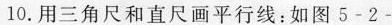
10.用三角尺和直尺画平行线；如图5-2-